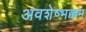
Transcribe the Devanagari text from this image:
अवशेष्भक्कम